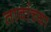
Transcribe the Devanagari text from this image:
तावांच्या